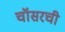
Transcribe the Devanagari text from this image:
चॉसरची